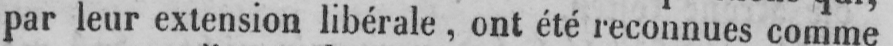
par leur extension libérale, ont été reconnues comme